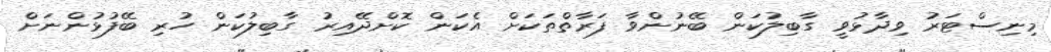
މިނިސްޓަރު ވިދާޅުވީ ގާބިލުކަން ބޭނުންވާ ފަރާތްތަކަށް އެކަން ކޮށްދޭއިރު ގާބިލުކަން ހުރި ބޭފުޅުންނަށް